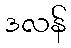
ဒလန်